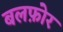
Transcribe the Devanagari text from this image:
बलफ़ोर